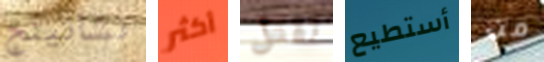
تشانينج أكثر تقتل أستطيع من